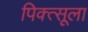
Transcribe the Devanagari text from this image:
पिक्त्सूला